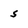
Character: s